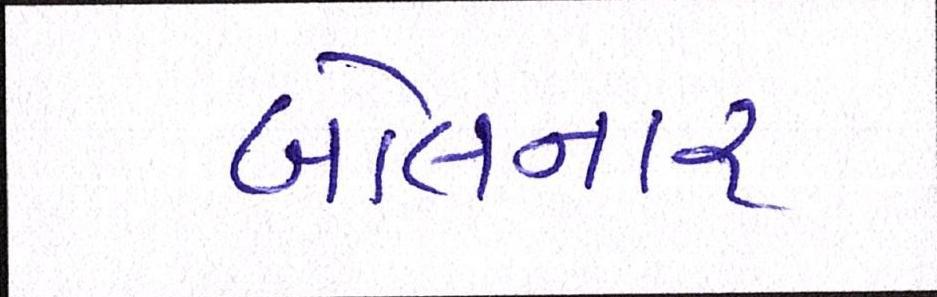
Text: બોલનાર